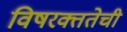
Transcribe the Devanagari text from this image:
विषरक्ततेची